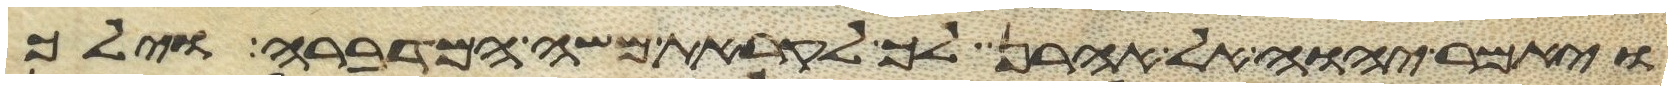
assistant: ויאמר יהוה אל אהרן לך לקראת משה המדברה וילך